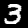
Label: 3